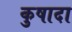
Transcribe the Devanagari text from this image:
कुषादा